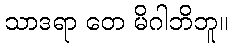
သာဒရာ တေ မိဂါဘိဘူ။